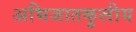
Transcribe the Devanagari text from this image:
अभिजातकुलीय